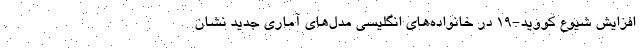
افزایش شیوع کووید-۱۹ در خانواده‌های انگلیسی مدل‌های آماری جدید نشان